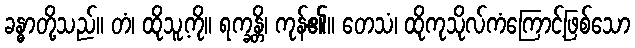
ခန္ဓာတို့သည်။ တံ၊ ထိုသူ့ကို။ ရက္ခန္တိ၊ ကုန်၏။ တေသံ၊ ထိုကုသိုလ်ကံကြောင့်ဖြစ်သော